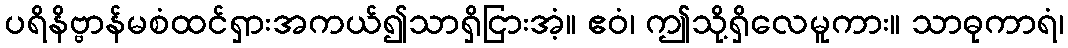
ပရိနိဗ္ဗာန်မစံထင်ရှားအကယ်၍သာရှိငြားအံ့။ ဧဝံ၊ ဤသို့ရှိလေမူကား။ သာဓုကာရံ၊